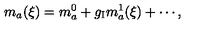
m _ { a } ( \xi ) = m _ { a } ^ { 0 } + g _ { \mathrm { I } } m _ { a } ^ { 1 } ( \xi ) + \cdots ,